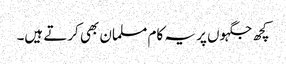
کچھ جگہوں پر یہ کام مسلمان بھی کرتے ہیں۔